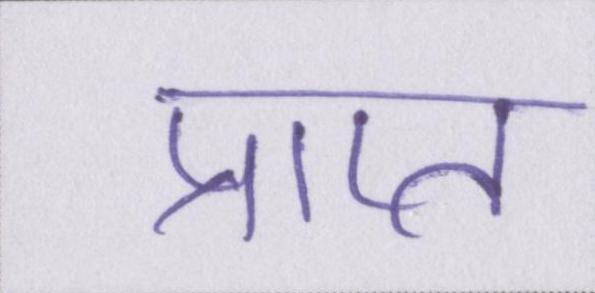
प्राप्त